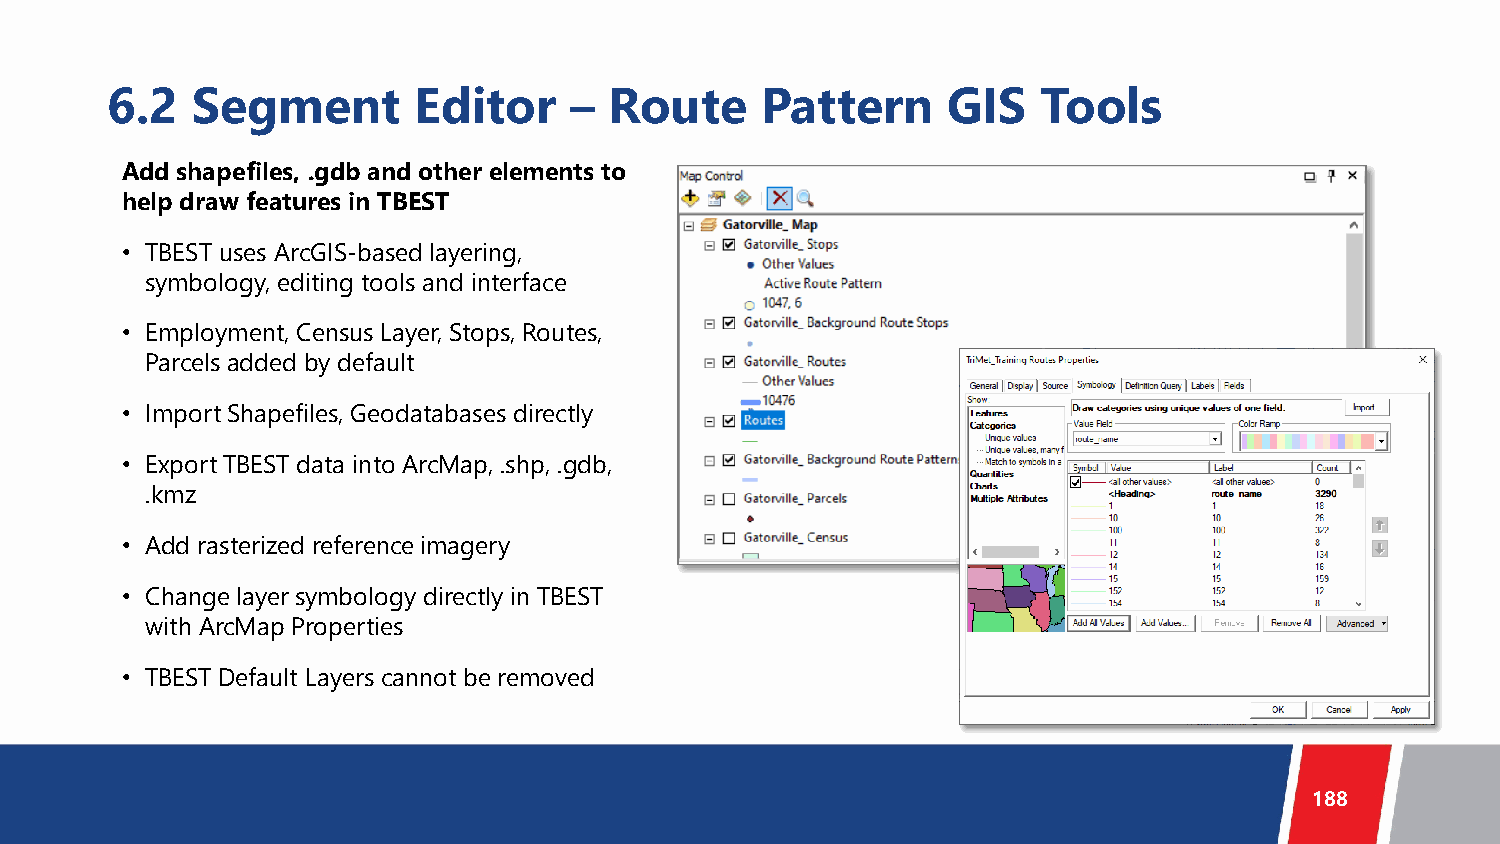
6.2   Segment       Editor     – Route     Pattern      GIS   Tools
 Add shapefiles, .gdb and other elements to
 help draw features in TBEST
 • TBEST uses ArcGIS-based layering,
 symbology, editing tools and interface
 • Employment, Census Layer, Stops, Routes,
 Parcels added by default
 • Import Shapefiles, Geodatabases directly
 • Export TBEST data into ArcMap, .shp, .gdb,
 .kmz
 • Add rasterized reference imagery
 • Change layer symbology directly in TBEST
 with ArcMap Properties
 • TBEST Default Layers cannot be removed
 188